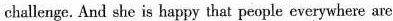
challenge. And she is happy that people everywhere are